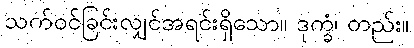
သက်ဝင်ခြင်းလျှင်အရင်းရှိသော။ ဒုက္ခံ၊ တည်း။